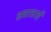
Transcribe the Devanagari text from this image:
तबाताई